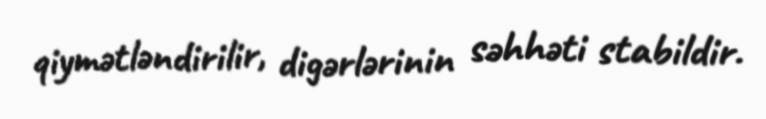
qiymətləndirilir, digərlərinin səhhəti stabildir.